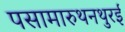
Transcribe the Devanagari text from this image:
पसामारुथनथुरई